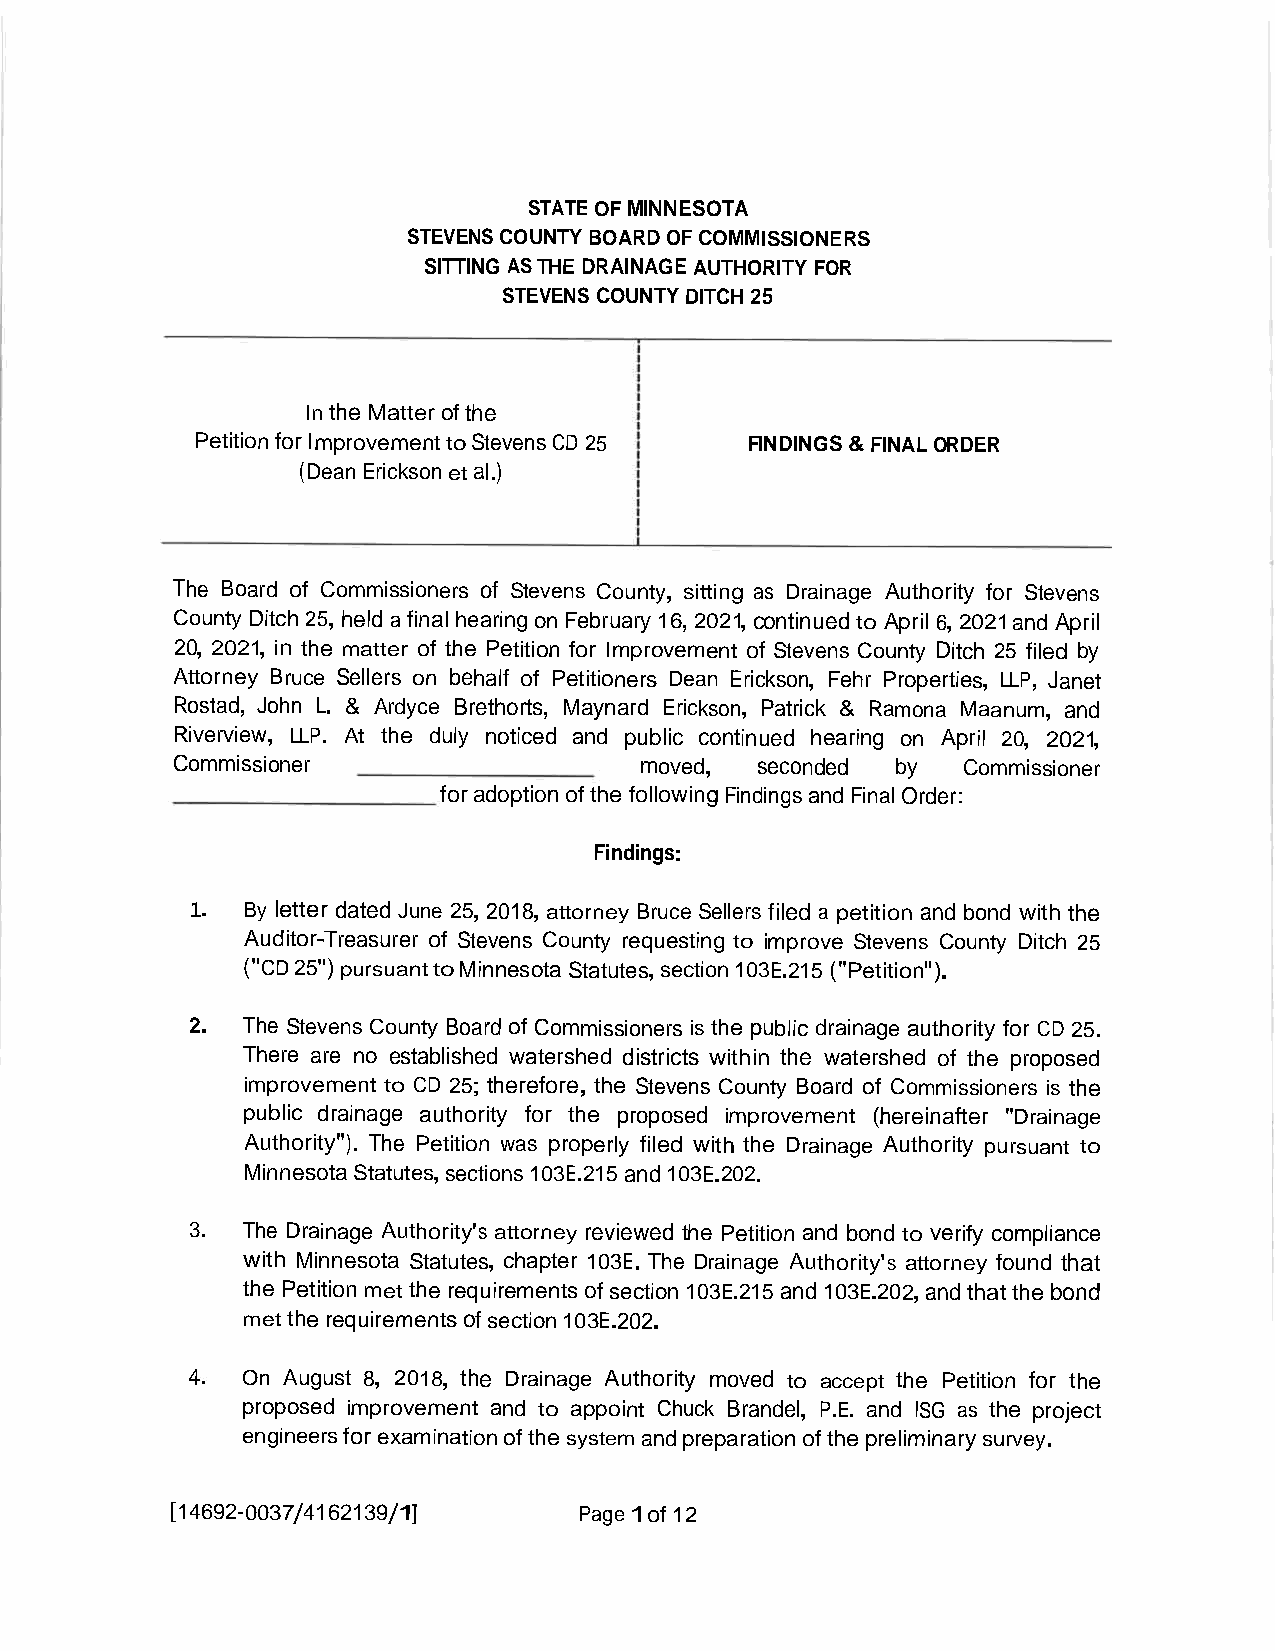
STATEOFMINNESOTA
 STEVENSCOUNTYBOARDOFCOMMISSIONERS
 SITTINGASTHEDRAINAGEAUTHORITY FOR
 STEVENSCOUNTYDITCH25
 IntheMatterofthe
 PetitionforImprovementtoStevensCD 25 FINDINGS&FINALORDER
 (DeanEricksonetal.)
 The Board of Commissioners of Stevens County, sitting as Drainage Authority for Stevens
 CountyDitch 25,helda finalhearingonFebruary16,2021,continuedto April 6,2021and April
 20, 2021,in the matter of the Petition for Improvement of Stevens County Ditch 25 filed by
 Attorney Bruce Sellers on behalf of Petitioners Dean Erickson, Fehr Properties, LLP, Janet
 .
 Rostad, John L & Ardyce Brethorts, Maynard Erickson, Patrick & Ramona Maanum, and
 Riverview, LLP. At the duly noticed and public continued hearing on April 20, 2021,
 Commissioner                   moved,  seconded by   Commissioner
 foradoptionofthe followingFindingsandFinalOrder:
 Findings:
 1. By letter dated June 25,2018,attorney BruceSellers filed a petition and bond withthe
 Auditor-Treasurer of Stevens County requesting to improve Stevens County Ditch 25
 ("CD25")pursuanttoMinnesotaStatutes,section103E. 215("Petition").
 2. The Stevens County Board of Commissioners isthe public drainage authority for CD 25.
 There are no established watershed districts within the watershed of the proposed
 improvement to CD 25;therefore,the Stevens County Board of Commissioners is the
 public drainage authority for the proposed improvement (hereinafter "Drainage
 Authority"). The Petition was properly filed with the Drainage Authority pursuant to
 MinnesotaStatutes,sections103E. 215and103E. 202.
 3.  The Drainage Authority's attorney reviewed the Petition and bond to verify compliance
 .
 with Minnesota Statutes,chapter 103E The Drainage Authority's attorney found that
 thePetitionmet therequirementsofsection103E. 215 and103E.202,andthatthebond
 mettherequirementsofsection103E.202.
 4.  On August 8, 2018, the Drainage Authority moved to accept the Petition for the
 proposed improvement and to appoint Chuck Brandel, P. E. and ISG as the project
 .
 engineersforexaminationofthesystemandpreparationofthepreliminarysurvey
 [14692-0037/4162139/1]     Page1of12